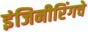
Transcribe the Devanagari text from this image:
इंजिनीरिंगचे